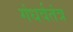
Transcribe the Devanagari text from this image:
गंधर्वतंत्र